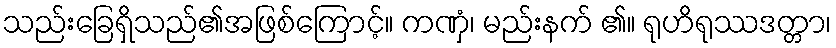
သည်းခြေရှိသည်၏အဖြစ်ကြောင့်။ ကဏှံ၊ မည်းနက် ၏။ ရုဟိရုဿဒတ္တာ၊